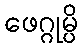
ဖေဂ္ဂုမ္ပိ